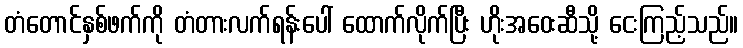
တံတောင်နှစ်ဖက်ကို တံတားလက်ရန်းပေါ် ထောက်လိုက်ပြီး ဟိုးအဝေးဆီသို့ ငေးကြည့်သည်။